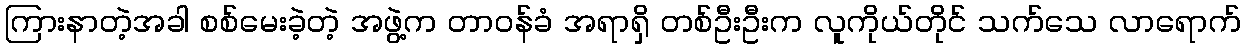
ကြားနာတဲ့အခါ စစ်မေးခဲ့တဲ့ အဖွဲ့က တာဝန်ခံ အရာရှိ တစ်ဦးဦးက လူကိုယ်တိုင် သက်သေ လာရောက်